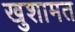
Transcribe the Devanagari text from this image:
खुशामत